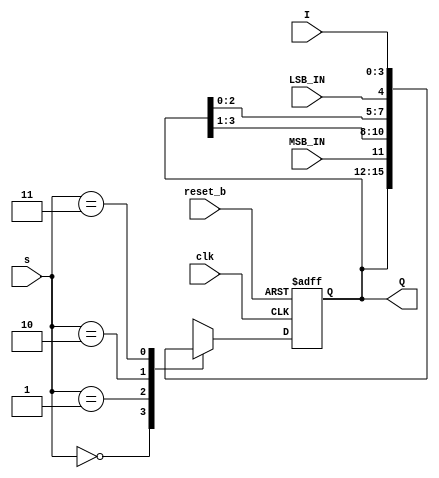
module univ_shift_reg #(parameter n=4) (
  input clk,reset_b,MSB_IN,LSB_IN,
  input [n-1:0] I,
  input [1:0] s,
  output [n-1:0] Q  
  );
  
  reg [n-1:0] Q_next ,Q_reg;
  ////////////////////////////////////////////
  always @ ( posedge clk ,negedge reset_b)
  begin
    
  if(!reset_b)
   Q_reg <= 0;
   else
   Q_reg <= Q_next;
  end
//////////////////////////////////////////
 always @ ( MSB_IN , LSB_IN , I , s )
 begin
  
  casex( s )
  0:Q_next = Q_reg;
  1:Q_next = { MSB_IN , Q_reg[n-1:1] };
  2:Q_next = {Q_reg[n-2:0] ,LSB_IN };
  3:Q_next = I;
  default:Q_next = Q_reg;
  endcase
 end
//////////////////////////////////////////////
assign Q = Q_reg;
endmodule